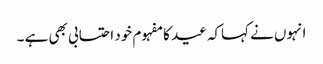
انہوں نے کہاکہ عید کا مفہوم خود احتسابی بھی ہے ۔